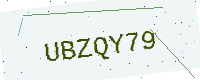
Text: UBZQY79